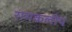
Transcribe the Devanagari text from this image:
रामकलीय